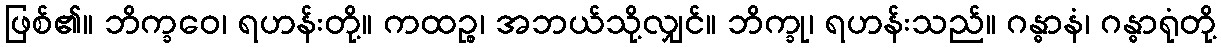
ဖြစ်၏။ ဘိက္ခဝေ၊ ရဟန်းတို့။ ကထဉ္စ၊ အဘယ်သို့လျှင်။ ဘိက္ခု၊ ရဟန်းသည်။ ဂန္ဓာနံ၊ ဂန္ဓာရုံတို့